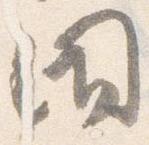
閉